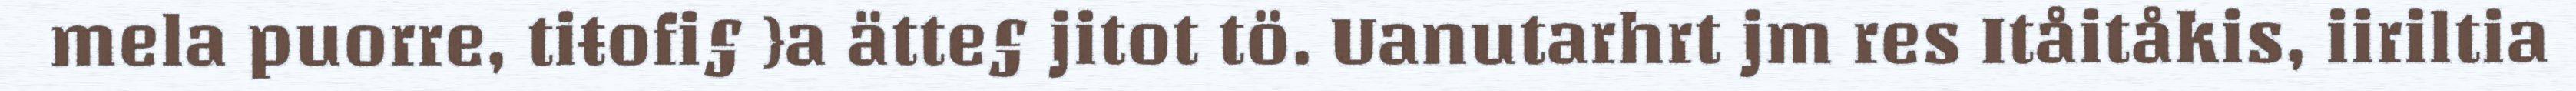
mela puorre, tiŧofi§ }a ätte§ jitot tö. Uanutarhrt jm res Itåitåkis, iiriltia